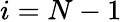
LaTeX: i=N-1